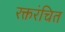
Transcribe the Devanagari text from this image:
रक्तरंचित